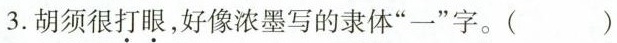
3.胡须很打眼，好像浓墨写的隶体”一”字。()